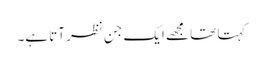
کہتا تھا مجھے ایک جن نظر آتا ہے۔